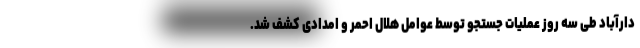
دارآباد طی سه روز عملیات جستجو توسط عوامل هلال احمر و امدادی کشف شد.